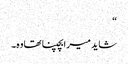
“
شاید میرابچپنا تھاوہ۔